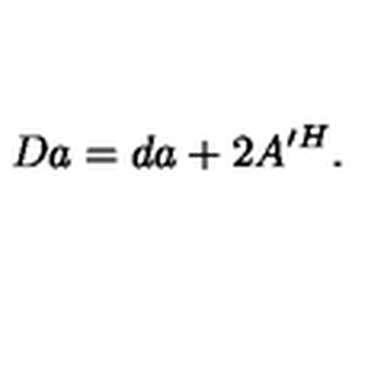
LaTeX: D a = d a + 2 A ^ { \prime H } .